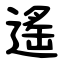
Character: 遙